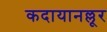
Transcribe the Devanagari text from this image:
कदायानल्लूर